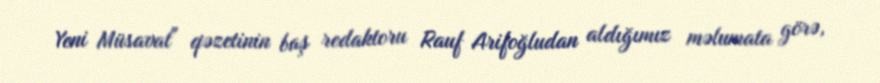
Yeni Müsavat" qəzetinin baş redaktoru Rauf Arifoğludan aldığımız məlumata görə,